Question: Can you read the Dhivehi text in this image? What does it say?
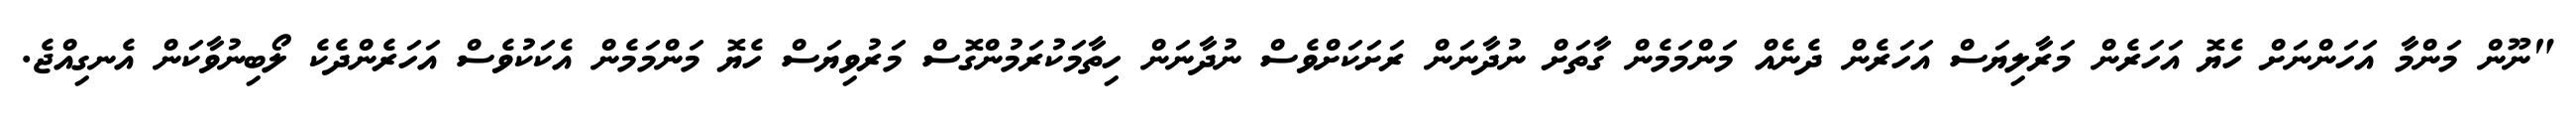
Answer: "ނޫން މަންމާ އަހަންނަށް ހެޔޮ އަހަރެން މަރާލިޔަސް އަހަރެން ދެނެއް މަންމަމެން ގާތަށް ނުދާނަން ރަށަކަށްވެސް ނުދާނަން ހިތާމަކުރަމުންގޮސް މަރުވިޔަސް ހެޔޮ މަންމަމެން އެކަކުވެސް އަހަރެންދެކެ ލޯބިނުވާކަން އެނގިއްޖެ.